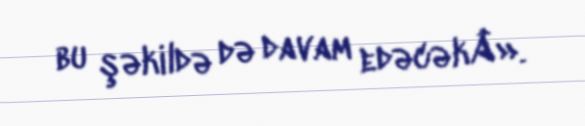
bu şəkildə də davam edəcəkÂ».